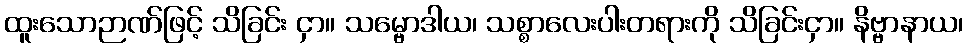
ထူးသောဉာဏ်ဖြင့် သိခြင်း ငှာ။ သမ္ဗောဒါယ၊ သစ္စာလေးပါးတရားကို သိခြင်းငှာ။ နိဗ္ဗာနာယ၊